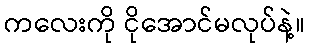
ကလေးကို ငိုအောင်မလုပ်နဲ့။